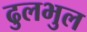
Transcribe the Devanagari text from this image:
ढुलभुल